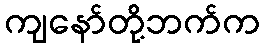
ကျနော်တို့ဘက်က